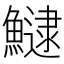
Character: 𩻸